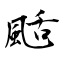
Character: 颳